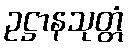
ဥဋ္ဌာနသုတ္တံ